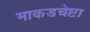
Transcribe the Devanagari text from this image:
माकडचेष्टा